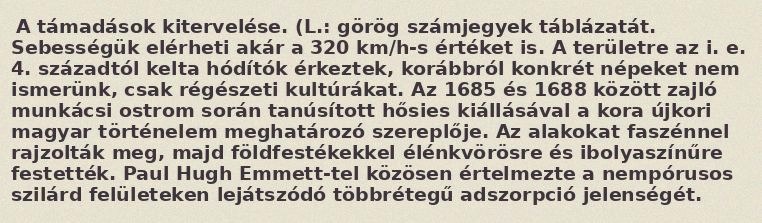
A támadások kitervelése. (L.: görög számjegyek táblázatát. Sebességük elérheti akár a 320 km/h-s értéket is. A területre az i. e. 4. századtól kelta hódítók érkeztek, korábbról konkrét népeket nem ismerünk, csak régészeti kultúrákat. Az 1685 és 1688 között zajló munkácsi ostrom során tanúsított hősies kiállásával a kora újkori magyar történelem meghatározó szereplője. Az alakokat faszénnel rajzolták meg, majd földfestékekkel élénkvörösre és ibolyaszínűre festették. Paul Hugh Emmett-tel közösen értelmezte a nempórusos szilárd felületeken lejátszódó többrétegű adszorpció jelenségét.